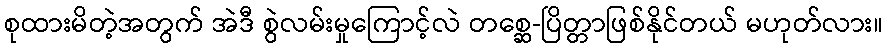
စုထားမိတဲ့အတွက် အဲဒီ စွဲလမ်းမှုကြောင့်လဲ တစ္ဆေ-ပြိတ္တာဖြစ်နိုင်တယ် မဟုတ်လား။